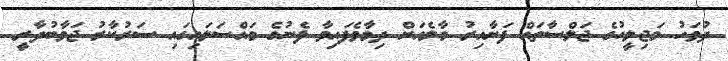
ދުވަހު މަޖިލީހުގެ ޖަލްސާތައް ފަށާއިރު މާލެއަށް ދިމާވެފައިވާ ފެނުގެ މައްސަލައިގައި ސަރުކާރު ޖަވާބުދާރީ